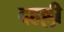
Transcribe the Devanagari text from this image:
दहल्ली